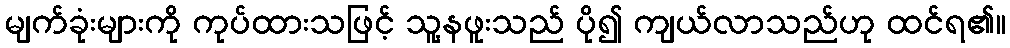
မျက်ခုံးများကို ကုပ်ထားသဖြင့် သူ့နဖူးသည် ပို၍ ကျယ်လာသည်ဟု ထင်ရ၏။